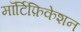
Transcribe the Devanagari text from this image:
मॉर्टिफ़िकेशन